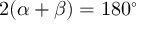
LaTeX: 2 ( \alpha + \beta ) = 1 8 0 ^ { \circ }